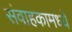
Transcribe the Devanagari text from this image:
संवाहकामध्ये